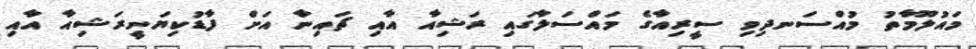
މައުލޫމާތު މުއްސަނދިވި ސީރިއާގެ މައްސަލާގައި ރަޝިއާ އާއި ޗައިނާ އަށް ފާޑުކިޔަނީރަޝިއާ އާއި